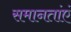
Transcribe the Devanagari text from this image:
समानतांएं